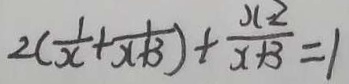
2 ( \frac { 1 } { x } + \frac { 1 } { x + 3 } ) + \frac { x - 2 } { x + 3 } = 1